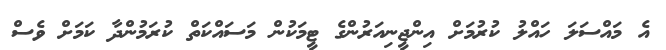
އެ މައްސަލަ ހައްލު ކުރުމަށް އިންޖީނިއަރުންގެ ޓީމަކުން މަސައްކަތް ކުރަމުންދާ ކަމަށް ވެސް